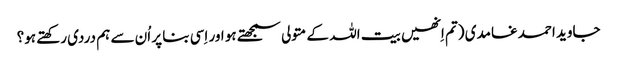
جاوید احمد غامدی (تم اِنھیں بیت اللہ کے متولی سمجھتے ہو اور اِسی بنا پر اُن سے ہم دردی رکھتے ہو؟